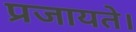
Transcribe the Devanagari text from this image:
प्रजायते।